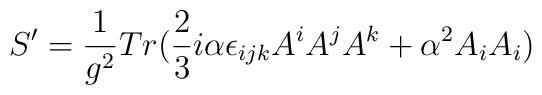
S^{\prime}= \frac{1}{g^{2}} Tr(\frac{2}{3}i\alpha \epsilon_{ijk}A^{i}A^{j}A^{k}+\alpha^{2} A_{i}A_{i})